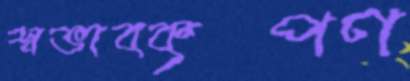
স্বভাবকৃপণ